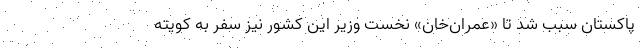
پاکستان سبب شد تا «عمران‌خان» نخست وزیر این کشور نیز سفر به کویته